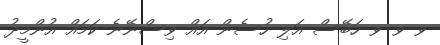
ޥ ވ ވ ހަބޭސް އަލި ހުސެން އައް ވިސްނޭނެ ކަމައް އުންމީދު